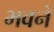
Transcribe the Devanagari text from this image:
भवने